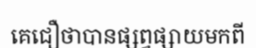
គេជឿថាបានផ្សព្វផ្សាយមកពី